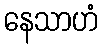
နေသာဟံ